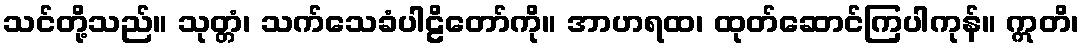
သင်တို့သည်။ သုတ္တံ၊ သက်သေခံပါဠိတော်ကို။ အာဟရထ၊ ထုတ်ဆောင်ကြပါကုန်။ ဣတိ၊